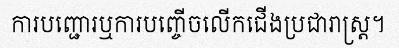
ការបញ្ជោរឬការបញ្ចើចលើកជើងប្រជារាស្ត្រ។